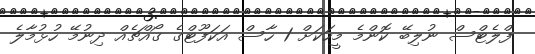
ފްލެޓްސް ނުލިބޭ ކޮންމެ މީހަކަށް 1 ހާސް އަކަފޫޓްގެ ގޯއްޗެއް ދިނުމޭ ހުޅުމާލެ